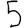
Digit: 5